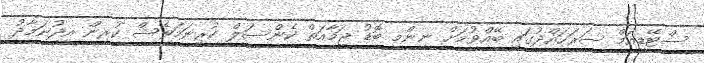
ސްޓޭޑިއަމް ސަރަހައްދުގައި ބޭއްވުމަށް ނިންމި ބޮޑު ޖަމާއަތް ކެންސަލް ކުރިނަމަވެސް ކުރިން އީދުނަމާދު